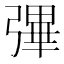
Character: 彃